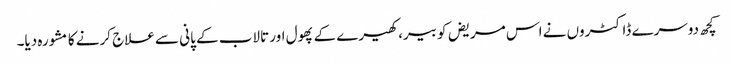
کچھ دوسرے ڈاکٹروں‌ نے اس مریض کو بیر، کھیرے کے پھول اور تالاب کے پانی سے علاج کرنے کا مشورہ دیا۔